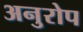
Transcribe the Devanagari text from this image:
अनुरोप